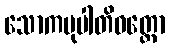
သောကမုပါတိဝတ္တော